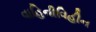
વાહિનીવિહીન